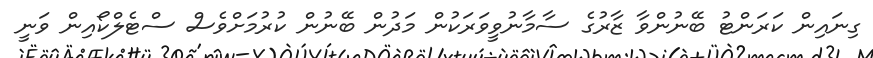
ގިނައިން ކަރަންޓު ބޭނުންވާ ޒާރުގެ ސާމާނުވީވަރަކުން މަދުން ބޭނުން ކުރުމަށްވެސް ސްޓެލްކޯއިން ވަނީ